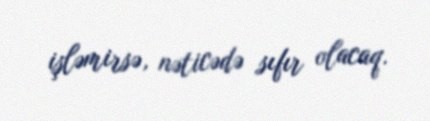
işləmirsə, nəticədə sıfır olacaq.